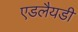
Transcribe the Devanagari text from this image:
एडलैयडी